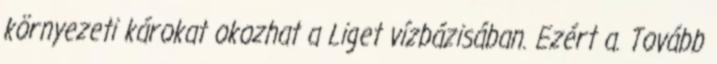
környezeti károkat okozhat a Liget vízbázisában. Ezért a. Tovább